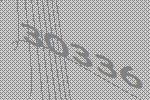
30336